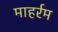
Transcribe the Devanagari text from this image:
माहर्रम